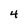
Character: 4